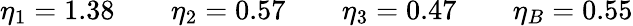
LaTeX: \eta_{1}=1.38\qquad\eta_{2}=0.57\qquad\eta_{3}=0.47\qquad\eta_{B}=0.55